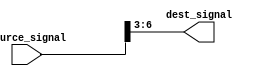
module part_select_assign (
  input [7:0] source_signal,
  output [3:0] dest_signal
);

assign dest_signal = source_signal[6:3];

endmodule